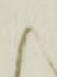
候